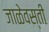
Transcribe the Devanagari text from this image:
जाळेवस्ती